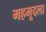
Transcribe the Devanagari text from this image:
महमूदला